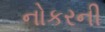
નોકરની